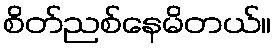
စိတ်ညစ်နေမိတယ်။